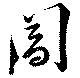
閶